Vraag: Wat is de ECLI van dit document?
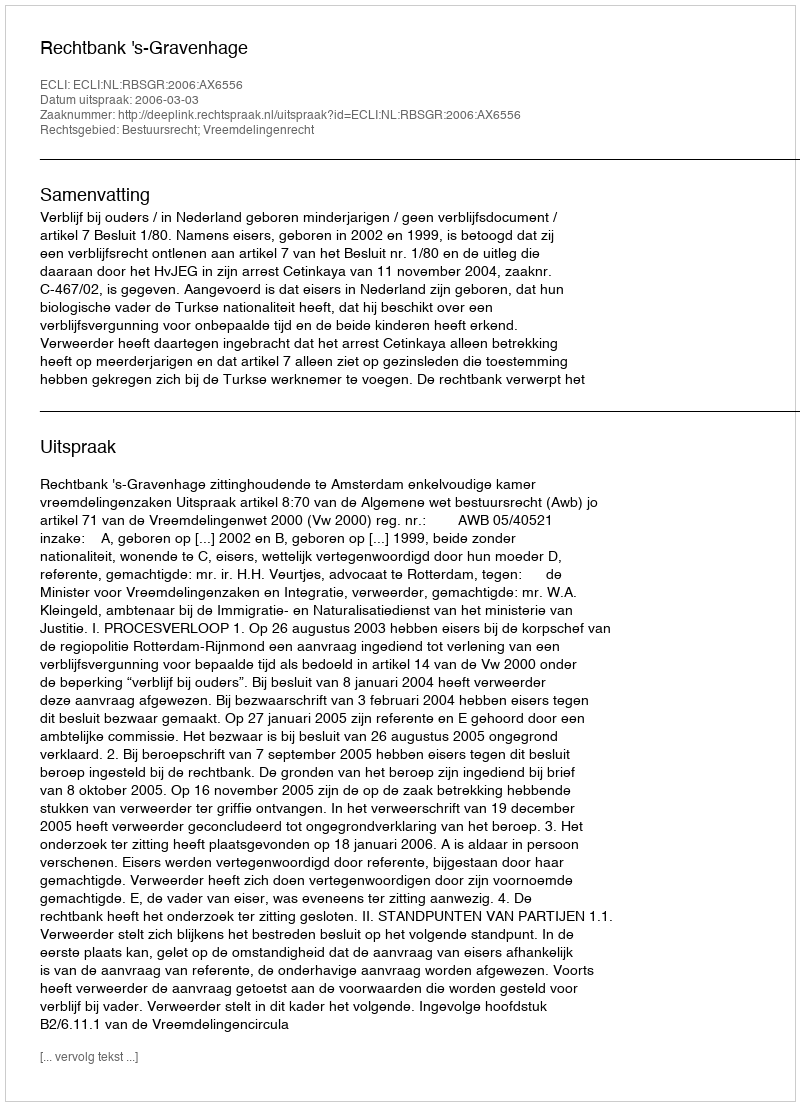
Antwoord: ECLI:NL:RBSGR:2006:AX6556